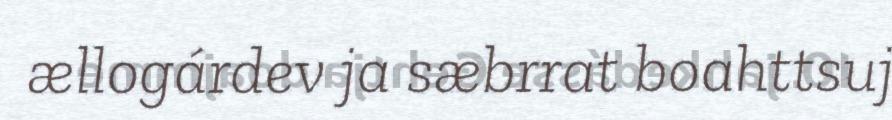
ællogárdev ja sæbrrat boahttsuj